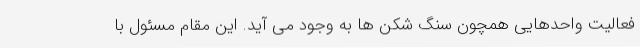
فعالیت واحدهایی همچون سنگ شکن ها به وجود می آید. این مقام مسئول با